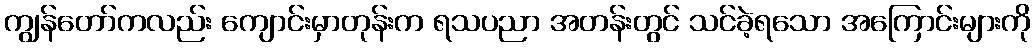
ကျွန်တော်ကလည်း ကျောင်းမှာတုန်းက ရသပညာ အတန်းတွင် သင်ခဲ့ရသော အကြောင်းများကို